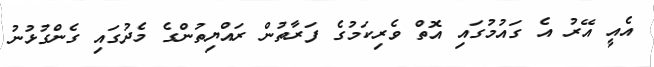
އެއީ އޭރު އެ ގައުމުގައި އޮތް ވެރިކަމުގެ ފަރާތުން ރައްޔިތުންގެ މެދުގައި ގެންގުޅުނު